Annual report on the lock hospitals of the Madras Presidency
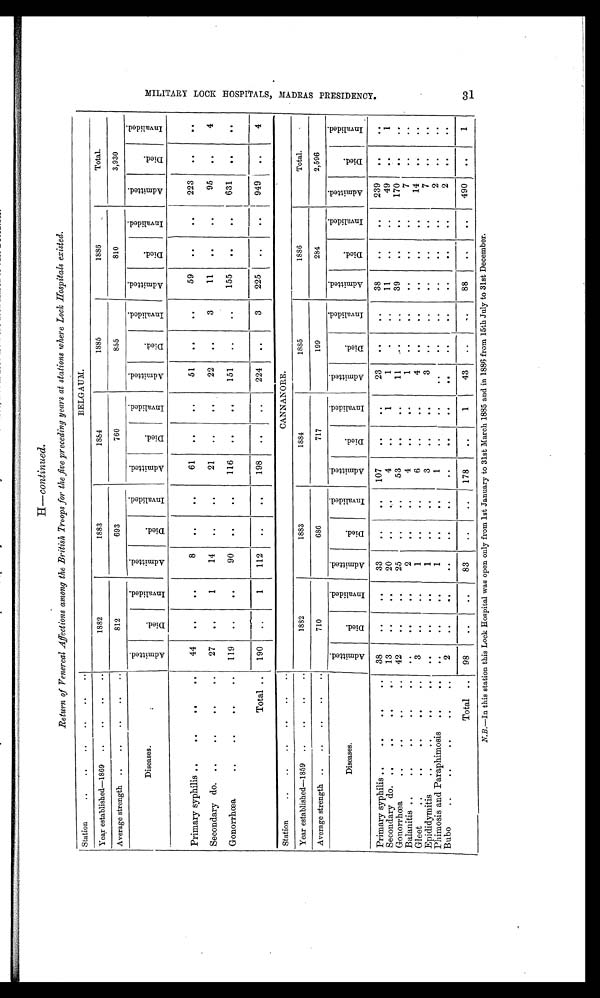
H—continued.
Return of Venereal Affections among the British Troops for the five preceding years at stations where Lock Hospitals existed.
Station
BELGAUM.
Year established—1869
1882
1883
1884
1885
1886
Total.
Average strength
812
693
760
855
810
3,930
Diseases.
A d m i t t e d .
D i e d .
I n v a l i d e d .
A d m i t t e d .
D i e d .
I n v a l i d e d .
A d m i t t e d .
D i e d .
I n v a l i d e d .
A d m i t t e d .
D i e d .
I n v a l i d e d .
A m i t t e d .
D i e d .
I n v a l i d e d .
A d m i t t e d .
D i e d .
I n v a l i d e d .
Primary syphilis
44
. .
. .
8
. .
. .
61
. .
. .
51
. .
. .
59
. .
. .
223
. .
. .
Secondary do.
27
. . 1
14
..
. .
21
. .
. .
22
. .
3
11
. .
. .
95
. .
4
Gonorrhœa
119
. .
. .
90
. .
. .
116
. .
. .
151
..
..
155
. .
. .
631
. .
. .
Total
190
. . 1
112
. .
. .
198
. .
. .
224
. .
3
225
. .
. .
949
..
4
Station
CANNANORE.
Year established—1859
1 8 8 2
1883
1884
1885
1886
Total.
Average strength
710
686
717
199
284
2,596
Diseases.
A d m i t t e d .
D i e d .
I n v a l i d e d .
A d m i t t e d .
D i e d .
I n v a l i d e d .
A d m i t t e d .
D i e d .
I n v a l i d e d .
D i e d .
I n v a l i d e d .
A d m i t t e d .
D i e d .
I n v a l i d e d
D i e d .
I n v a l i d e d .
D i e d .
I n v a l i d e d .
Primary syphilis
38
. .
. .
33
. .
. .
107
. .
. .
23
. .
. .
38
. .
. .
239
. .
. .
Secondary do.
13
. .
. .
20
. .
. .
4
. .
1
1
. .
. .
11
..
..
49
. .
1
Gonorrhœa
42
. .
. .
25
. .
. .
53
. .
. .
11
. .
. .
39
. .
. .
170
. .
. .
Balanitis
. .
. .
. .
2
. .
. .
4
. .
. .
1
. .
. .
. .
. .
..
7
. .
. .
Gleet
3
. .
..
1
. .
. .
6
. .
. .
4
. .
. .
. .
..
. .
14
. .
..
Epididymitis
. .
. .
. .
1
. .
. .
3
. .
. .
3
. .
. .
. .
. .
. .
7
. .
. .
Phimosis and Paraphimosis
. .
. .
. .
1
. .
. .
1
. .
. .
. .
. .
. .
. .
. .
. .
2
. .
. .
Bubo
2
. .
. .
. .
. .
. .
. .
. .
. .
. .
. .
. .
. .
. .
. .
2
. .
. .
Total
98
. .
. .
83
..
. .
178
. .
1
43
..
. .
88
. . ..
490
. .
1
N.B.—In this station this Lock Hospital was open only from 1st January to 31st March 1885 and in 1886 from 15th July to 31st December.
31
M I L I T A R Y L O C K H O S P I T A L , M A D R A S P R E S I D E N C Y .